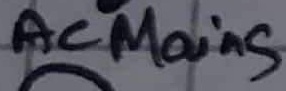
Text: ACMains